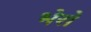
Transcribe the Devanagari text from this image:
भेरो